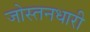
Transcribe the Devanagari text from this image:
जोस्तनधारी